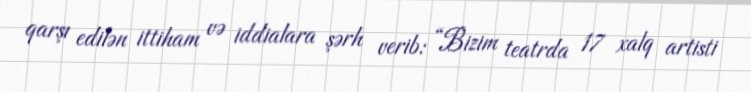
qarşı edilən ittiham və iddialara şərh verib: “Bizim teatrda 17 xalq artisti